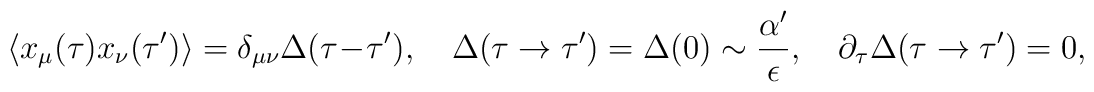
\langle x_\mu(\tau) x_\nu(\tau')\rangle = \delta_{\mu\nu}\Delta (\tau -\tau'),\quad  \Delta (\tau \rightarrow \tau') = \Delta (0) \sim\frac{\alpha'}{\epsilon}, \quad \partial_\tau\Delta (\tau \rightarrow \tau') = 0,